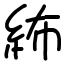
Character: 𥿠